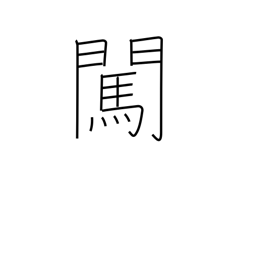
Meaning: inquire about